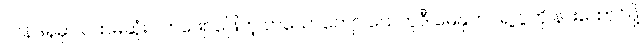
လန်ဒန်မှာ ပထမဆုံး လာဖျော်ဖြေတဲ့ တယောကျော် ယေဟူဒီ မေနုဟင်ရဲ့ ပွဲကို နားထောင်ဖို့